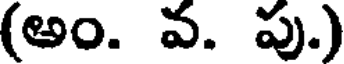
(అం. వ. పు)